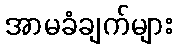
အာမခံချက်များ